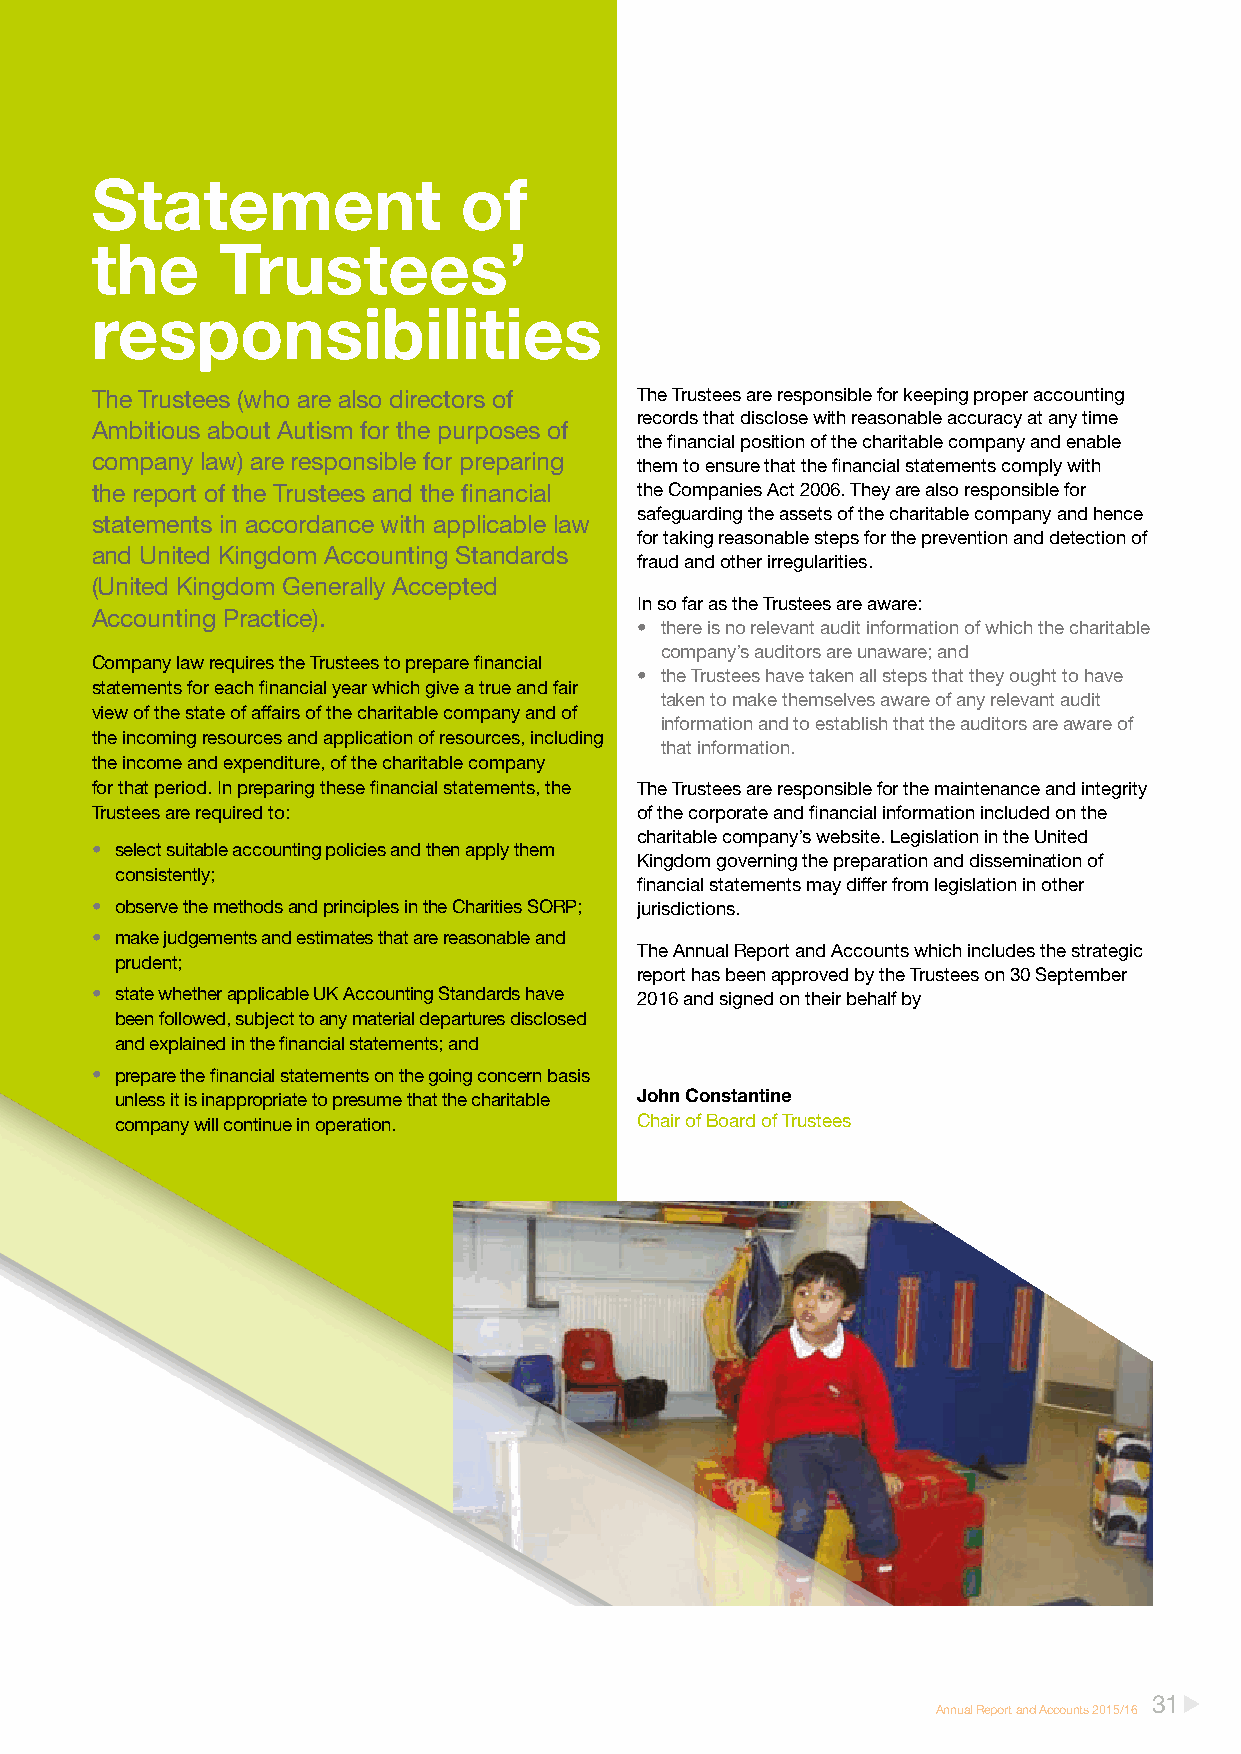
Statement               of
 the     Trustees’
 responsibilities
 The Trustees (who are also directors of The Trustees are responsible for keeping proper accounting
 records that disclose with reasonable accuracy at any time
 Ambitious about Autism for the purposes of
 the financial position of the charitable company and enable
 company law) are responsible for preparing
 them to ensure that the financial statements comply with
 the report of the Trustees and the financial the Companies Act 2006. They are also responsible for
 safeguarding the assets of the charitable company and hence
 statements in accordance with applicable law
 for taking reasonable steps for the prevention and detection of
 and United Kingdom Accounting Standards
 fraud and other irregularities.
 (United Kingdom Generally Accepted
 In so far as the Trustees are aware:
 Accounting Practice).
 • there is no relevant audit information of which the charitable
 company’s auditors are unaware; and
 Company law requires the Trustees to prepare financial
 • the Trustees have taken all steps that they ought to have
 statements for each financial year which give a true and fair
 taken to make themselves aware of any relevant audit
 view of the state of affairs of the charitable company and of
 information and to establish that the auditors are aware of
 the incoming resources and application of resources, including
 that information.
 the income and expenditure, of the charitable company
 for that period. In preparing these financial statements, the The Trustees are responsible for the maintenance and integrity
 Trustees are required to:           of the corporate and financial information included on the
 charitable company’s website. Legislation in the United
 • select suitable accounting policies and then apply them
 Kingdom governing the preparation and dissemination of
 consistently;
 financial statements may differ from legislation in other
 • observe the methods and principles in the Charities SORP; jurisdictions.
 • make judgements and estimates that are reasonable and
 The Annual Report and Accounts which includes the strategic
 prudent;
 report has been approved by the Trustees on 30 September
 • state whether applicable UK Accounting Standards have 2016 and signed on their behalf by
 been followed, subject to any material departures disclosed
 and explained in the financial statements; and
 • prepare the financial statements on the going concern basis
 unless it is inappropriate to presume that the charitable John Constantine
 company will continue in operation. Chair of Board of Trustees
 31
 Annual Report and Accounts 2015/16